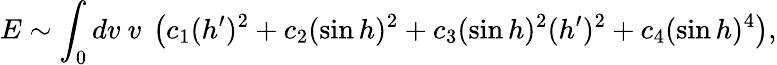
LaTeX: E\sim\int_{0}dv~v~\left(c_{1}(h^{\prime})^{2}+c_{2}(\sin h)^{2}+c_{3}(\sin h)^{2}(h^{\prime})^{2}+c_{4}(\sin h)^{4}\right),